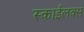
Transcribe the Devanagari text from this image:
स्काईलक्स